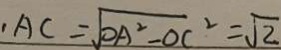
\cdot A C = \sqrt { O A ^ { 2 } - O C ^ { 2 } } = \sqrt { 2 }